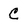
Character: C